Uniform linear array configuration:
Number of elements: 24
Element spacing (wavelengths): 0.75
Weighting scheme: hamming
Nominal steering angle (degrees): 60
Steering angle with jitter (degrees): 60.918
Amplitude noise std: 0.05
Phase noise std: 0.05

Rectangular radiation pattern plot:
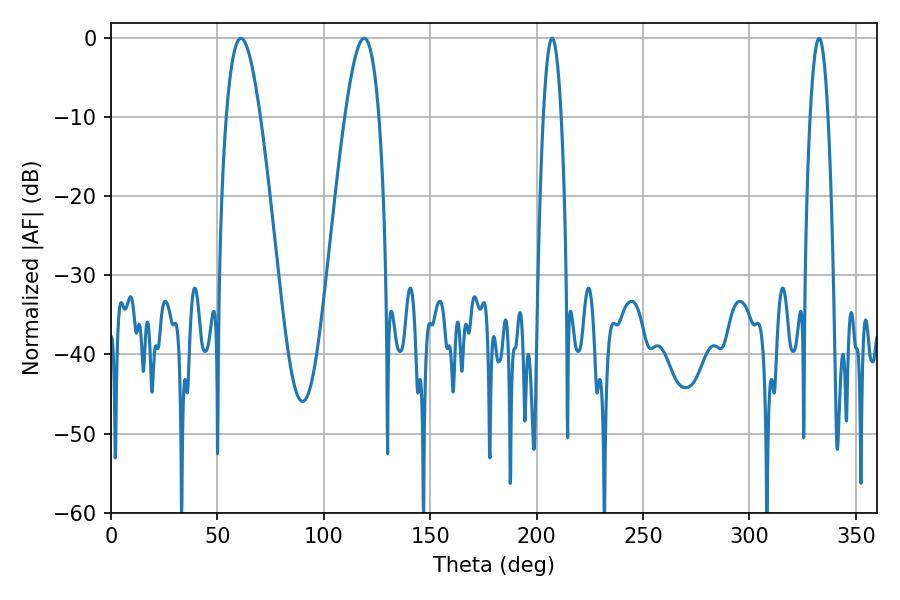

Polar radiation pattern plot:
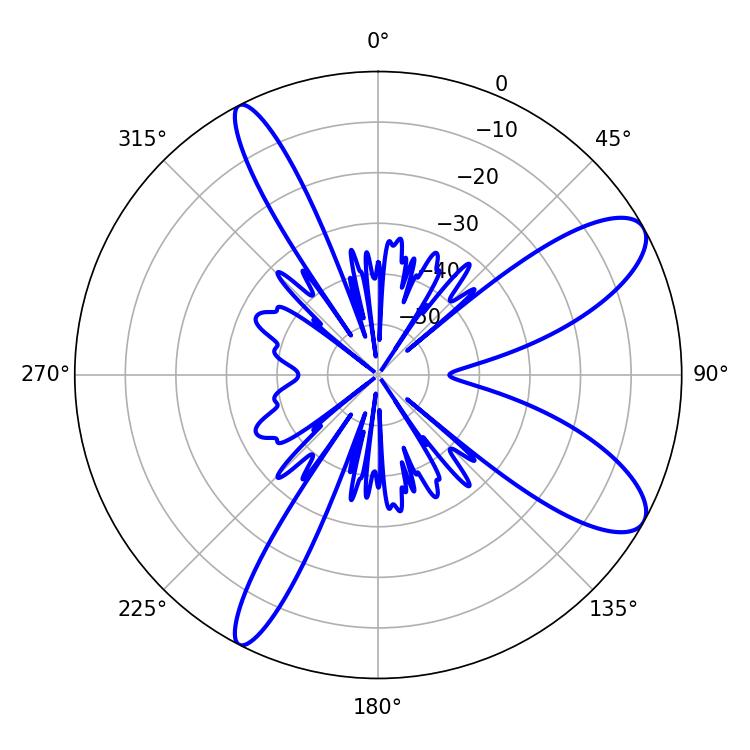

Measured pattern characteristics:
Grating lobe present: TRUE
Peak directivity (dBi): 9.81
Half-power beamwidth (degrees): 8.64
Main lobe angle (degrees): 61.02